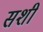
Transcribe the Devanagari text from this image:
सशी